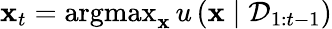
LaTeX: \mathbf{x}_{t}=\operatorname{argmax}_{\mathbf{x}}u\left(\mathbf{x}\mid\mathcal{D}_{1:t-1}\right)